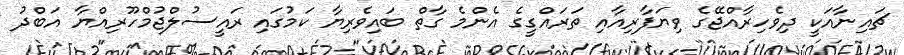
ޗައިނާއަކީ ދިވެހިރާއްޖޭގެ ވިޔަފާރިއާއި ތަރައްގީގެ އެންމެ ގާތް ބައިވެރިޔާ ކަމުގައި ރައީސުލްޖުމްހޫރިއްޔާ އަބްދު